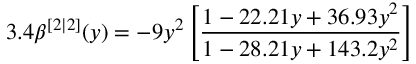
3 . 4 \beta ^ { [ 2 | 2 ] } ( y ) = - 9 y ^ { 2 } \left[ \frac { 1 - 2 2 . 2 1 y + 3 6 . 9 3 y ^ { 2 } } { 1 - 2 8 . 2 1 y + 1 4 3 . 2 y ^ { 2 } } \right]